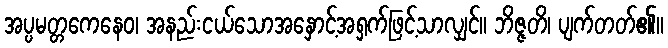
အပ္ပမတ္တကေနေဝ၊ အနည်းငယ်သောအနှောင့်အရှက်ဖြင့်သာလျှင်။ ဘိဇ္ဇတိ၊ ပျက်တတ်၏။